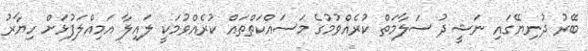
ބޭރު ދުނިޔޭގައި ނަޝީދު ސަލާމަތް ކުރެއްވުމުގެ މަސައްކަތްތައް ކުރެއްވުމަކީ ލައިލާ އަމިއްލަފުޅަށް ހިޔާރު